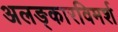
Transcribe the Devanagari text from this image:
अलङ्कारविमर्श